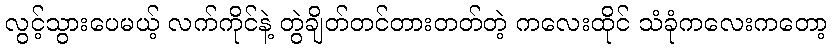
လွင့်သွားပေမယ့် လက်ကိုင်နဲ့ တွဲချိတ်တင်တားတတ်တဲ့ ကလေးထိုင် သံခုံကလေးကတော့